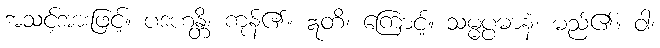
အသင့်အားဖြင့်။ ပဒဟန္တိ၊ ကုန်၏။ ဣတိ၊ ကြောင့်။ သမ္မပ္ပဓာနံ၊ မည်၏။ ဝါ၊